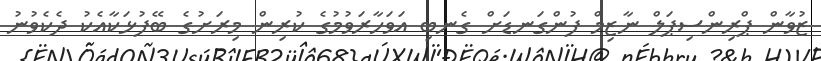
ޒުވާން ޕްރިންސިޕަލް ނާޒިމް ފުންގަނޑަށް ގެނބި އަވަހާރަވުމުގެ ކުރިން މިރަށުގެ ބޭފުޅަކާއެކު ދެކެވުނު